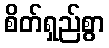
စိတ်ရှည်စွာ